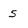
Character: s